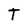
Character: t